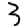
Digit: 3